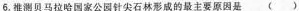
6.推测贝马拉哈回家公园针尖石林形成的最主要原因是 ()